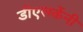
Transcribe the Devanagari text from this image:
डीएसकेंनी